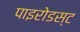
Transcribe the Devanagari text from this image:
पाइरोडस्ट